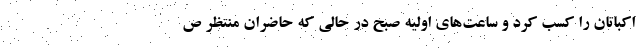
اکباتان را کسب کرد و ساعت‌های اولیه صبح در حالی که حاضران منتظر ص